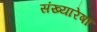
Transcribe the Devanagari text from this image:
संख्यारेषा